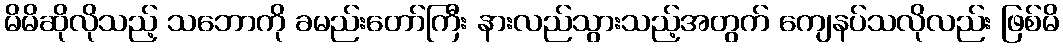
မိမိဆိုလိုသည့် သဘောကို ခမည်းတော်ကြီး နားလည်သွားသည့်အတွက် ကျေနပ်သလိုလည်း ဖြစ်မိ